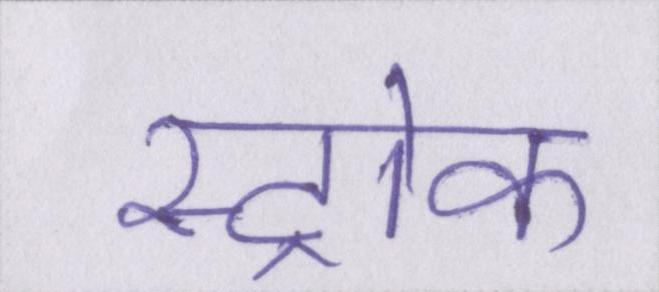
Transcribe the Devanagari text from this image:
स्ट्रोक